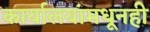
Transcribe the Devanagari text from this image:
कार्यालयांमधूनही